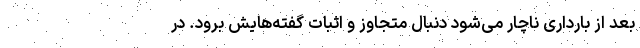
بعد از بارداری ناچار می‌شود دنبال متجاوز و اثبات گفته‌هایش برود. در